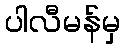
ပါလီမန်မှ